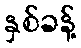
နှစ်ခန့်